Tartu_pedagoogiumi_aruanded, lk 23
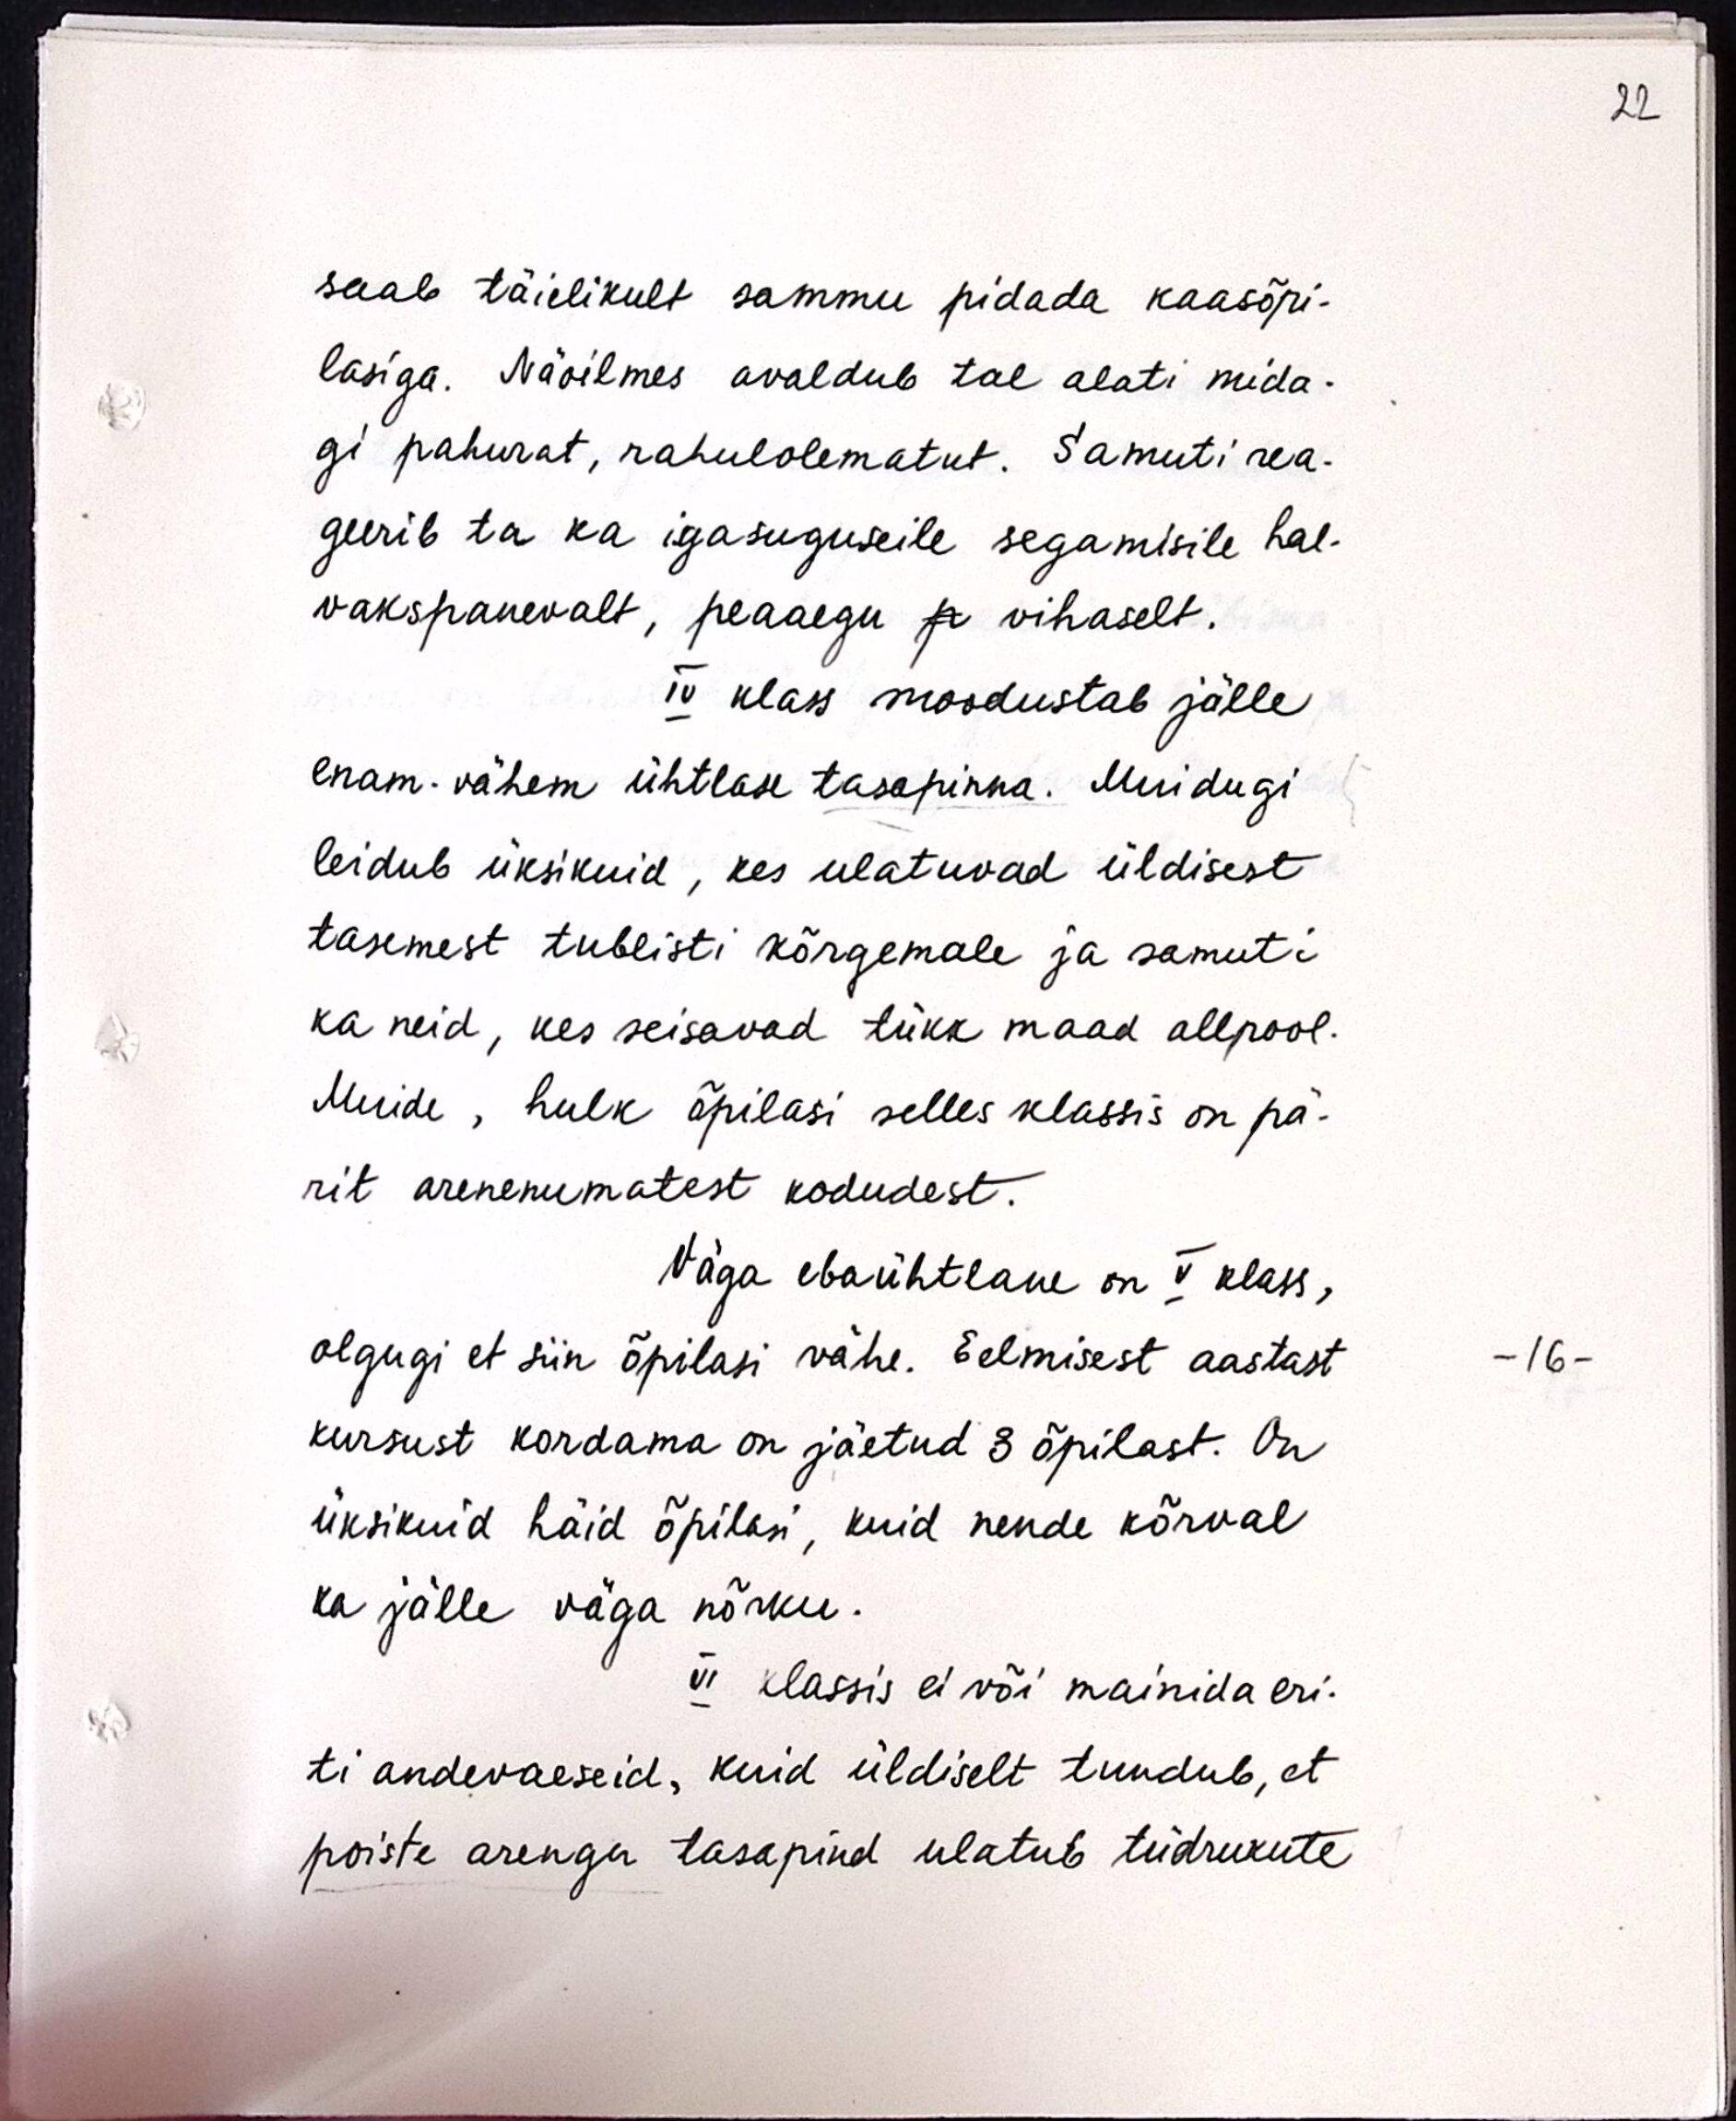
saab täielikult sammu pidada kaasõpi-
lasiga. Näoilmes avaldub tal alati mida-
gi pahurat, rahulolematut. Samuti rea-
geerib ta ka igasuguseile segamisile hal-
vakspanevalt, peaaegu vihaselt.
IV klass moodustab jälle
enam-vähem ühtlase tasapinna. Muidugi
leidub üksikuid, kes ulatuvad üldisest
tasemest tublisti kõrgemale ja samuti-
ka neid, kes seisavad tükk maad allpool.
Muide, hulk õpilasi selles klassis on pä-
rit arenenumatest kodudest.
Väga ebaühtlane on V klass,
olgugi et siin õpilasi vähe. Eelmisest aastast
kursust kordama on jäetud 3 õpilast. On
üksikuid häid õpilasi, kuid nende kõrval
ka jälle väga nõrku.
VI klassis ei või mainida eri-
ti andevaeseid, kuid üldiselt tundub, et
poiste arengu tasapind ulatub tüdrukute